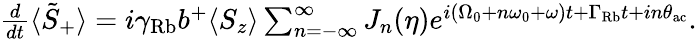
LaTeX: \begin{array}{r}{\frac{d}{dt}\langle\tilde{S}_{+}\rangle=i\gamma_{\mathrm{Rb}}b^{+}\langle S_{z}\rangle\sum_{n=-\infty}^{\infty}J_{n}(\eta)e^{i(\Omega_{0}+n\omega_{0}+\omega)t+\Gamma_{\mathrm{Rb}}t+in\theta_{\mathrm{ac}}}.}\end{array}